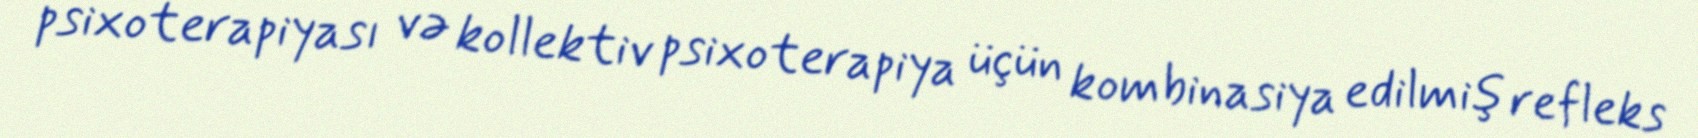
psixoterapiyası və kollektiv psixoterapiya üçün kombinasiya edilmiş refleks